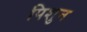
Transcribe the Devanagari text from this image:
पिशुन